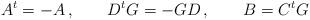
LaTeX: \begin{align*}A^t = -A \,, \qquad D^t G = -GD \,, \qquad B = C^t G\end{align*}